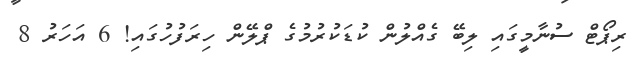
ރިޕޯޓް ސުނާމީގައި ލިބޭ ގެއްލުން ކުޑަކުރުމުގެ ޕްލޭން ހިރަފުހުގައި! 6 އަހަރު 8